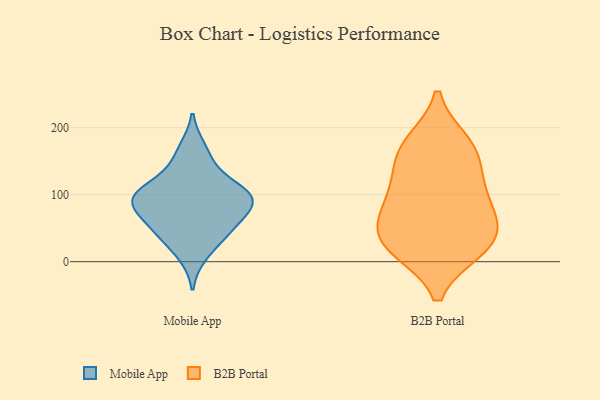
{"axis": {"x": "LTV (USD)", "y": "Value"}, "legend": ["B2B Portal", "Mobile App"], "data": [{"x": "", "y": 96, "type": "Mobile App"}, {"x": "", "y": 11, "type": "Mobile App"}, {"x": "", "y": 77, "type": "Mobile App"}, {"x": "", "y": 78, "type": "Mobile App"}, {"x": "", "y": 43, "type": "Mobile App"}, {"x": "", "y": 85, "type": "Mobile App"}, {"x": "", "y": 109, "type": "Mobile App"}, {"x": "", "y": 168, "type": "Mobile App"}, {"x": "", "y": 95, "type": "Mobile App"}, {"x": "", "y": 47, "type": "Mobile App"}, {"x": "", "y": 45, "type": "Mobile App"}, {"x": "", "y": 148, "type": "Mobile App"}, {"x": "", "y": 102, "type": "Mobile App"}, {"x": "", "y": 107, "type": "Mobile App"}, {"x": "", "y": 19, "type": "B2B Portal"}, {"x": "", "y": 177, "type": "B2B Portal"}, {"x": "", "y": 161, "type": "B2B Portal"}, {"x": "", "y": 44, "type": "B2B Portal"}, {"x": "", "y": 69, "type": "B2B Portal"}, {"x": "", "y": 170, "type": "B2B Portal"}, {"x": "", "y": 103, "type": "B2B Portal"}, {"x": "", "y": 126, "type": "B2B Portal"}, {"x": "", "y": 91, "type": "B2B Portal"}, {"x": "", "y": 23, "type": "B2B Portal"}, {"x": "", "y": 52, "type": "B2B Portal"}, {"x": "", "y": 19, "type": "B2B Portal"}]}